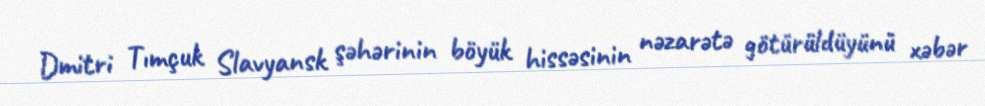
Dmitri Tımçuk Slavyansk şəhərinin böyük hissəsinin nəzarətə götürüldüyünü xəbər